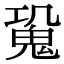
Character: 𩲧